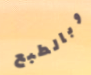
وبالطبع